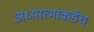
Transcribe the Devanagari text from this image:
अध्यात्माकडेच